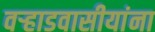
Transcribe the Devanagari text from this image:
वर्‍हाडवासीयांना